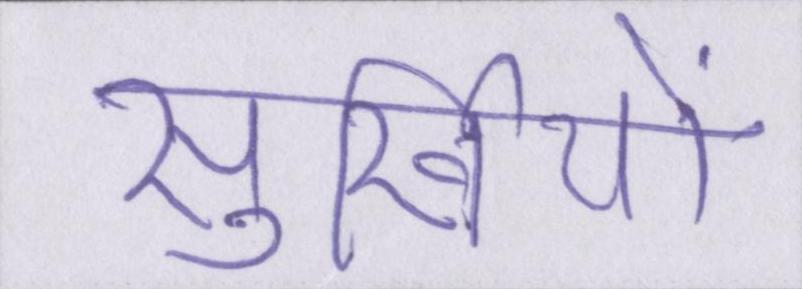
सुर्खियों